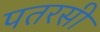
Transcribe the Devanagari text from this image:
पतरसी